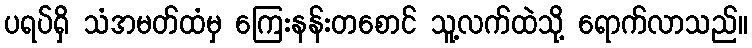
ပရပ်ရှိ သံအမတ်ထံမှ ကြေးနန်းတစောင် သူ့လက်ထဲသို့ ရောက်လာသည်။